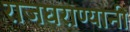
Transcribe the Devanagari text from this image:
राजघराण्यानी